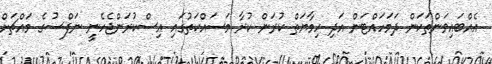
އެއްބައިވަންތަކަން ދަމަަހައްޓަން އަދި ހިމާޔަތް ކުރަން ކުރާ މަސައްކަތުގައި އިސްކުރަންޖެހެނީ ނަފްސުގެ މައްޗަށް